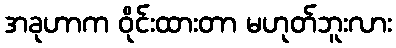
အခုဟာက ဝိုင်းထားတာ မဟုတ်ဘူးလား